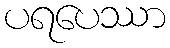
ပရပေဿာ